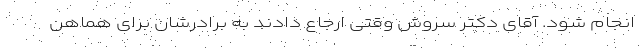
انجام شود. آقای دکتر سروش وقتی ارجاع دادند به برادرشان برای هماهن